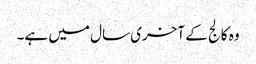
وہ کالج کے آخری سال میں ہے۔